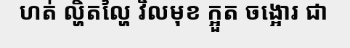
ហត់ ល្ហិតល្ហៃ វិលមុខ ក្អួត ចង្អោរ ជា